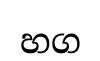
හග